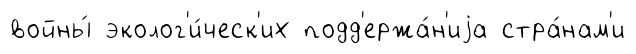
войны́ эколог'и́ческ'их подд'ержа́н'иjа стра́нам'и